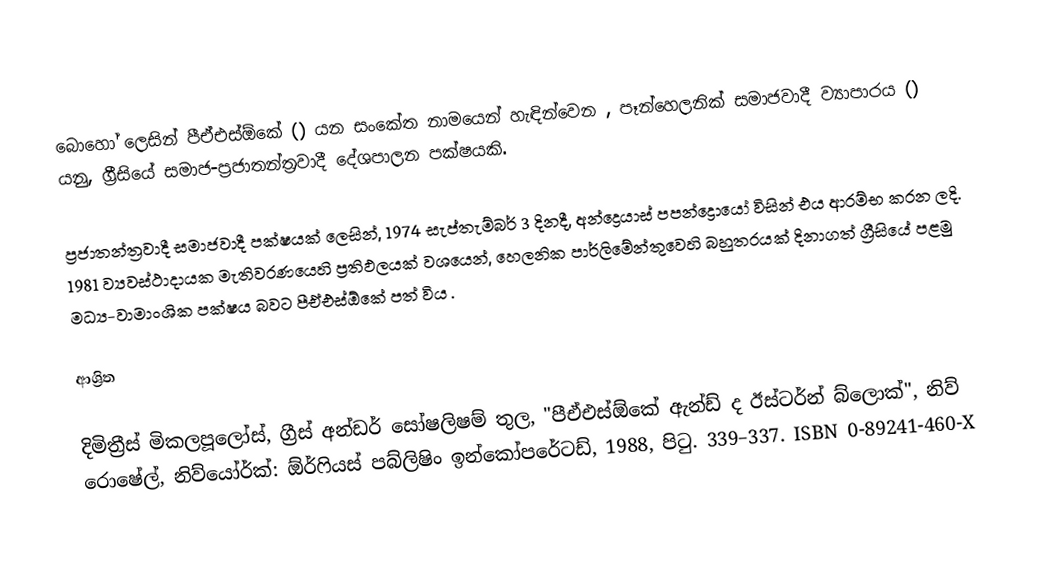
බොහෝ ලෙසින් පීඒඑස්ඕකේ () යන සංකේත නාමයෙන් හැඳින්වෙන , පෑන්හෙලනික් සමාජවාදී ව්‍යාපාරය () යනු, ග්‍රීසියේ සමාජ-ප්‍රජාතන්ත්‍රවාදී  දේශපාලන පක්ෂයකි.

ප්‍රජාතන්ත්‍රවාදී සමාජවාදී පක්ෂයක් ලෙසින්, 1974 සැප්තැම්බර් 3 දිනදී, අන්ද්‍රෙයාස් පපන්ද්‍රොයෝ විසින් එය ආරම්භ කරන ලදි. 1981 ව්‍යවස්ථාදායක මැතිවරණයෙහි ප්‍රතිඵලයක් වශයෙන්, හෙලනික පාර්ලිමේන්තුවෙහි බහුතරයක් දිනාගත් ග්‍රීසියේ පළමු මධ්‍ය-වාමාංශික පක්ෂය බවට පීඒඑස්ඕකේ පත් විය .

ආශ්‍රිත

 දිමිත්‍රීස් මිකලපූලෝස්, ග්‍රීස් අන්ඩර් සෝෂලිෂම් තුල, "පීඒඑස්ඕකේ ඇන්ඩ් ද ඊස්ටර්න් බ්ලොක්", නිව් රොෂේල්, නිව්යෝර්ක්: ඕර්ෆියස් පබ්ලිෂිං ඉන්කෝපරේටඩ්, 1988, පිටු. 339–337. ISBN 0-89241-460-X